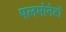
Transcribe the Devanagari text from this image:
पलमोनेटों